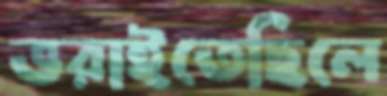
ভরাইতেছিলে